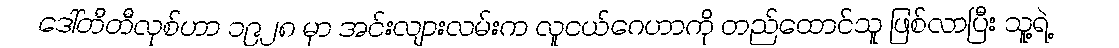
ဒေါ်တီတီလုစ်ဟာ ၁၉၂၈ မှာ အင်းလျားလမ်းက လူငယ်ဂေဟာကို တည်ထောင်သူ ဖြစ်လာပြီး သူ့ရဲ့